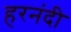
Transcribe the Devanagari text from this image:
हरनंदी